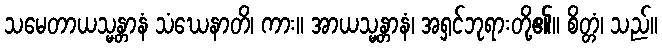
သမေတာယသ္မန္တာနံ သံဃေနာတိ၊ ကား။ အာယသ္မန္တာနံ၊ အရှင်ဘုရားတို့၏။ စိတ္တံ၊ သည်။